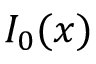
I _ { 0 } ( x )